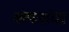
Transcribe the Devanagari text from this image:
कंपनांचा